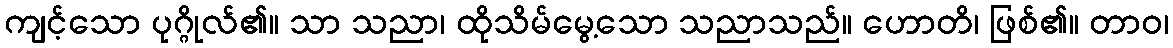
ကျင့်သော ပုဂ္ဂိုလ်၏။ သာ သညာ၊ ထိုသိမ်မွေ့သော သညာသည်။ ဟောတိ၊ ဖြစ်၏။ တာဝ၊